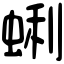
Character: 蜊